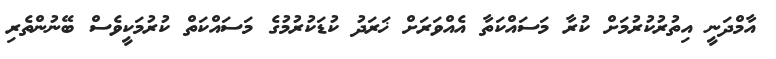
އާމްދަނީ އިތުރުކުރުމަށް ކުރާ މަސައްކަތާ އެއްވަރަށް ޚަރަދު ކުޑަކުރުމުގެ މަސައްކަތް ކުރުމަކީވެސް ބޭނުންތެރި